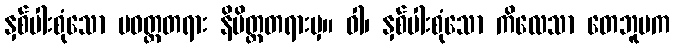
နှစ်ပါးစုံသော ပဝတ္တတရား နိမိတ္တတရားမှ။ ဝါ၊ နှစ်ပါးစုံသော ကိလေသာ တေဘူမက